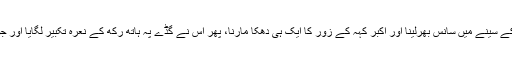
مُسلوں کے گرو نے کہا، لو بھئی جوانوں، اللہ کا نام لے کے سینے میں سانس بھرلینا اور اکبر کہہ کے زور کا ایک ہی دھکا مارنا، پھر اس نے گڈے پہ ہاتھ رکھ کے نعرۂ تکبیر لگایا اور جوانوں نے ایک ہی دھکے میں سرداروں کا گڈا پار کر دیا۔